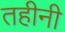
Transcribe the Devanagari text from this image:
तहीनी